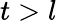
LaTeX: t>l